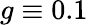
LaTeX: g\equiv 0.1